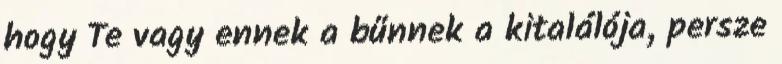
hogy Te vagy ennek a bűnnek a kitalálója, persze